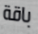
باقة